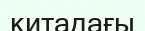
китадағы